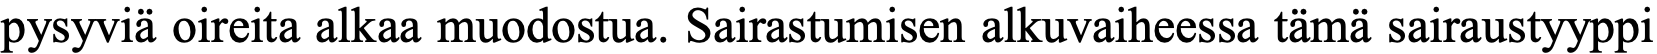
pysyviä oireita alkaa muodostua. Sairastumisen alkuvaiheessa tämä sairaustyyppi